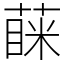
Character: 蔝